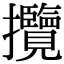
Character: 攬